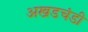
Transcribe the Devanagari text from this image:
अखडचंडी